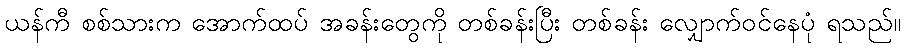
ယန်ကီ စစ်သားက အောက်ထပ် အခန်းတွေကို တစ်ခန်းပြီး တစ်ခန်း လျှောက်ဝင်နေပုံ ရသည်။